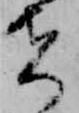
者